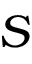
S